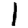
Digit: 1